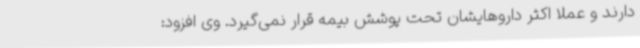
دارند و عملاً اکثر داروهایشان تحت پوشش بیمه قرار نمی‌گیرد. وی افزود: